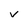
Character: v